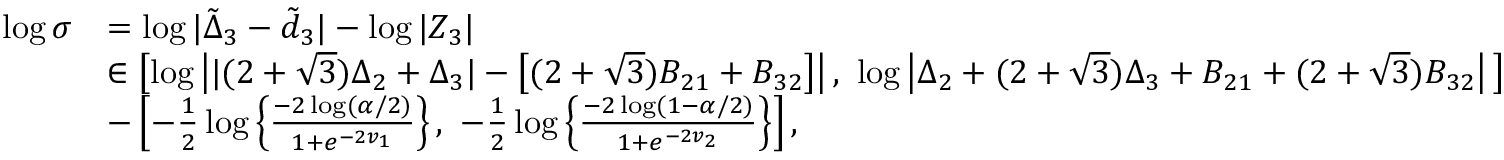
\begin{array} { r l } { \log \sigma } & { = \log | \tilde { \Delta } _ { 3 } - \tilde { d } _ { 3 } | - \log | Z _ { 3 } | } \\ & { \in \left[ \log \left| | ( 2 + \sqrt { 3 } ) \Delta _ { 2 } + \Delta _ { 3 } | - \left[ ( 2 + \sqrt { 3 } ) B _ { 2 1 } + B _ { 3 2 } \right] \right| , \ \log \left| \Delta _ { 2 } + ( 2 + \sqrt { 3 } ) \Delta _ { 3 } + B _ { 2 1 } + ( 2 + \sqrt { 3 } ) B _ { 3 2 } \right| \, \right] } \\ & { - \left[ - \frac { 1 } { 2 } \log \left\{ \frac { - 2 \log ( \alpha / 2 ) } { 1 + e ^ { - 2 v _ { 1 } } } \right\} , \ - \frac { 1 } { 2 } \log \left\{ \frac { - 2 \log ( 1 - \alpha / 2 ) } { 1 + e ^ { - 2 v _ { 2 } } } \right\} \right] , } \end{array}